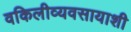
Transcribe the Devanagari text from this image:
वकिलीव्यवसायाशी